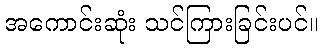
အကောင်းဆုံး သင်ကြားခြင်းပင်။